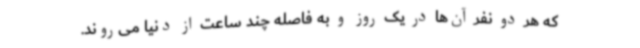
که هر دو نفر آن‌ها در یک روز و به فاصله چند ساعت از دنیا می‌روند.